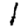
Digit: 1